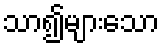
သာ၍များသော